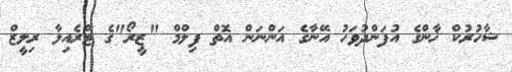
ޝާހުރުކް ޚާންގެ އުފަންދުވަހު އޭނާގެ އަންނަން އޮތް ފިލްމް "ޒީރޯ"ގެ ޓްރެއިލާ ރިލީޒް